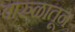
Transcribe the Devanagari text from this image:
वारुळातून